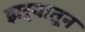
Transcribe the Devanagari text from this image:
झऱ्यातून